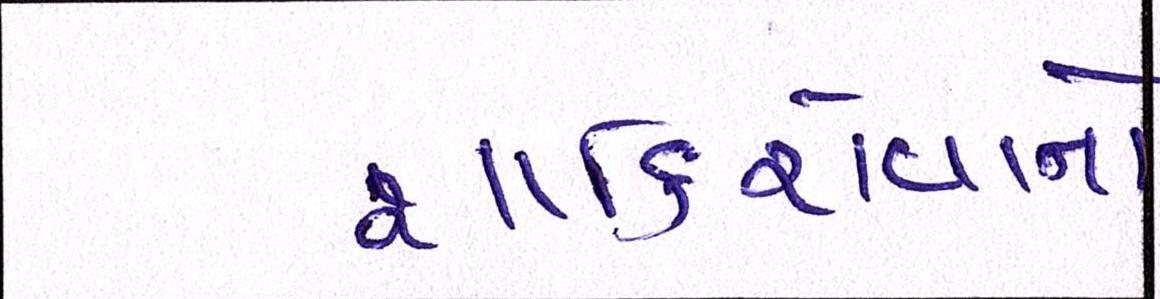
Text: શાકિરોવાનો